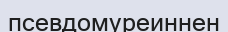
псевдомуреиннен